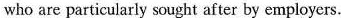
who are particularly sought after by employers.